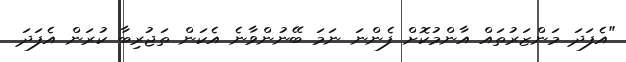
"އެފަދަ މަންޒަރުތައް އާންމުކޮށް ފެންނަ ނަމަ ބޭނުންވާނެ އެކަން ތަޖުރިބާ ކުރަން އެފަދަ